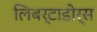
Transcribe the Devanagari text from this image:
लिबर्टाडोर्स